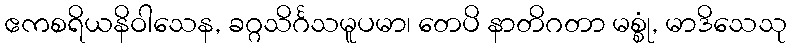
ဧကစရိယနိဝါသေန, ခဂ္ဂသိင်္ဂသမူပမာ၊ တေပိ နာတိဂတာ မစ္စုံ, မာဒိသေသု